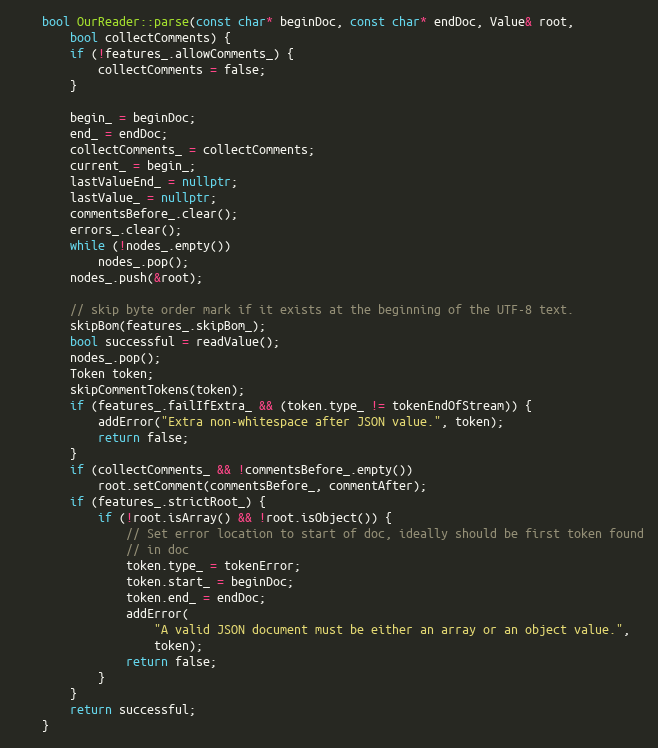
Language: C++
    bool OurReader::parse(const char* beginDoc, const char* endDoc, Value& root,
        bool collectComments) {
        if (!features_.allowComments_) {
            collectComments = false;
        }

        begin_ = beginDoc;
        end_ = endDoc;
        collectComments_ = collectComments;
        current_ = begin_;
        lastValueEnd_ = nullptr;
        lastValue_ = nullptr;
        commentsBefore_.clear();
        errors_.clear();
        while (!nodes_.empty())
            nodes_.pop();
        nodes_.push(&root);

        // skip byte order mark if it exists at the beginning of the UTF-8 text.
        skipBom(features_.skipBom_);
        bool successful = readValue();
        nodes_.pop();
        Token token;
        skipCommentTokens(token);
        if (features_.failIfExtra_ && (token.type_ != tokenEndOfStream)) {
            addError("Extra non-whitespace after JSON value.", token);
            return false;
        }
        if (collectComments_ && !commentsBefore_.empty())
            root.setComment(commentsBefore_, commentAfter);
        if (features_.strictRoot_) {
            if (!root.isArray() && !root.isObject()) {
                // Set error location to start of doc, ideally should be first token found
                // in doc
                token.type_ = tokenError;
                token.start_ = beginDoc;
                token.end_ = endDoc;
                addError(
                    "A valid JSON document must be either an array or an object value.",
                    token);
                return false;
            }
        }
        return successful;
    }